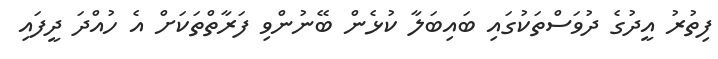
ފިތުރު އީދުގެ ދުވަސްތަކުގައި ބައިބަލާ ކުޅެން ބޭނުންވި ފަރާތްތަކަށް އެ ހުއްދަ ދީފައި